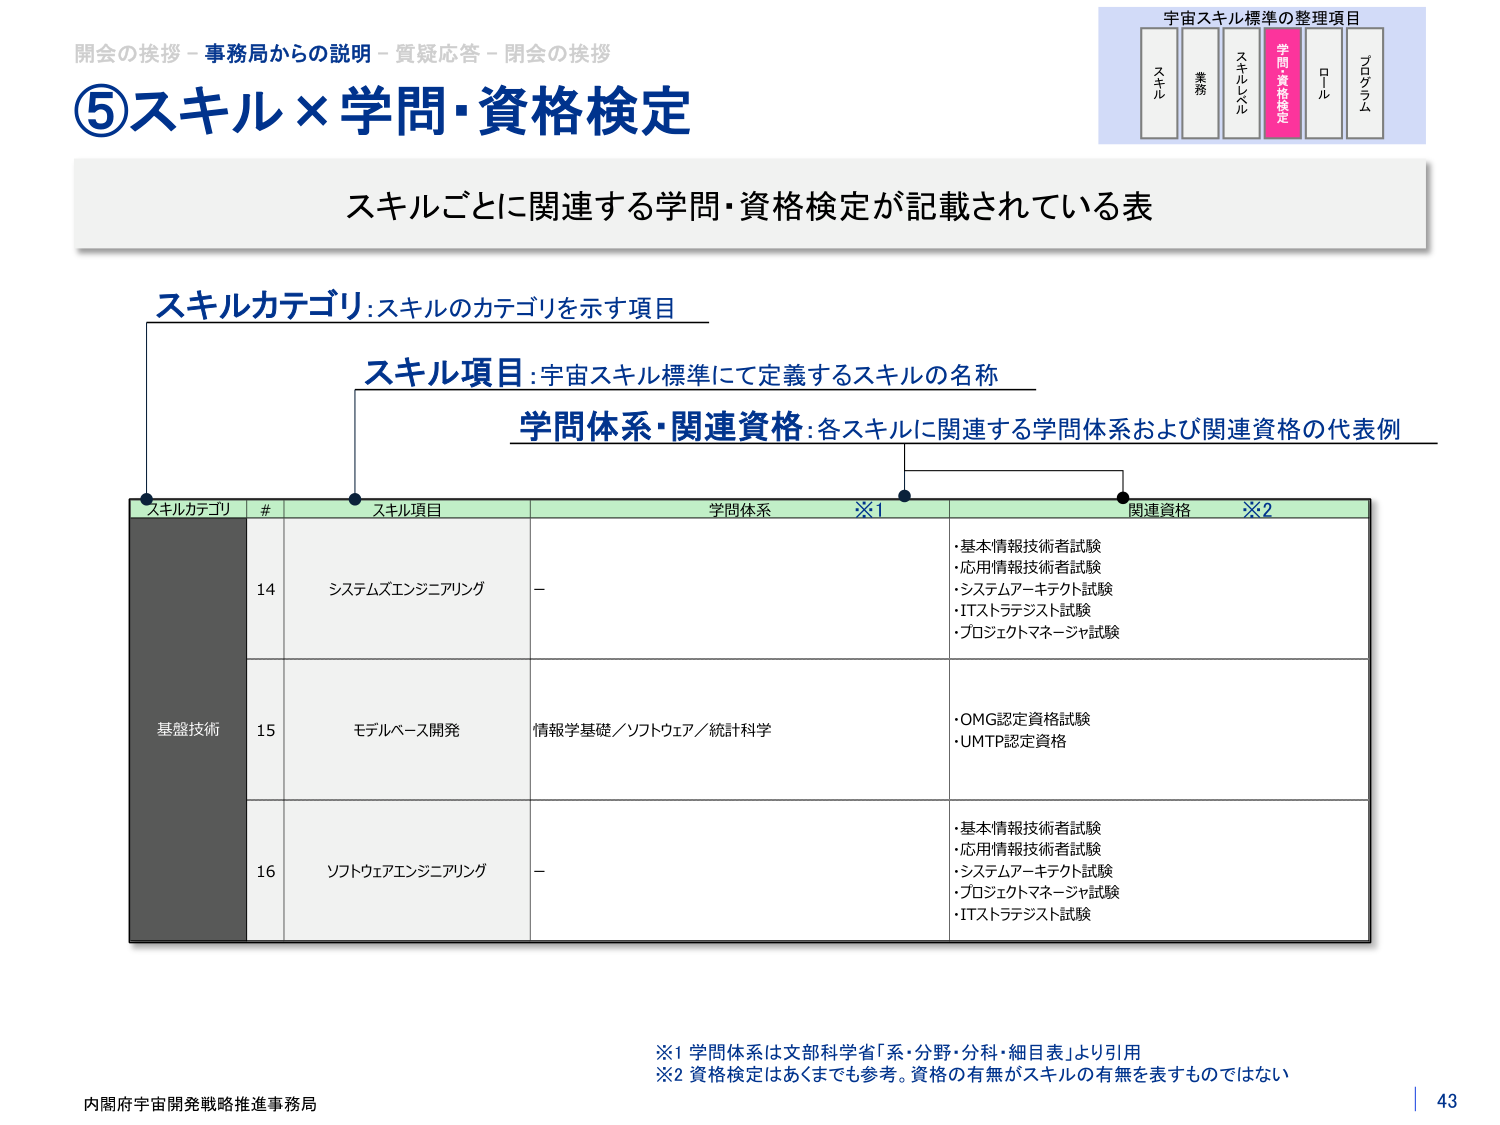
開会の挨拶－事務局からの説明－質疑応答－閉会の挨拶
⑤スキル×学問・資格検定
宇宙スキル標準の整理項目
スキル　業務　スキルレベル　学問・資格検定　ロール　プログラム
スキルごとに関連する学問・資格検定が記載されている表
スキルカテゴリ：スキルのカテゴリを示す項目
スキル項目：宇宙スキル標準にて定義するスキルの名称
学問体系・関連資格：各スキルに関連する学問体系および関連資格の代表例
スキルカテゴリ　#　スキル項目　学問体系　※1　関連資格　※2
基盤技術　14　システムズエンジニアリング　－　・基本情報技術者試験
・応用情報技術者試験
・システムアーキテクト試験
・ITストラテジスト試験
・プロジェクトマネージャ試験
15　モデルベース開発　情報学基礎／ソフトウェア／統計科学　・OMG認定資格試験
・UMTP認定資格
16　ソフトウェアエンジニアリング　－　・基本情報技術者試験
・応用情報技術者試験
・システムアーキテクト試験
・プロジェクトマネージャ試験
・ITストラテジスト試験
※1 学問体系は文部科学省「系・分野・分科・細目表」より引用
※2 資格検定はあくまでも参考。資格の有無がスキルの有無を表すものではない
内閣府宇宙開発戦略推進事務局
43